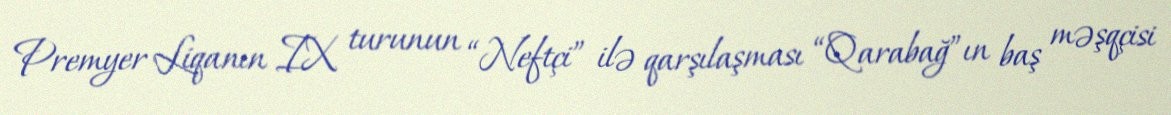
Premyer Liqanın IX turunun “Neftçi” ilə qarşılaşması “Qarabağ”ın baş məşqçisi